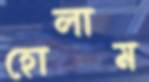
হোলাম